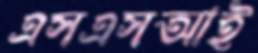
এসএসআই